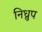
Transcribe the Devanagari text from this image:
निध्रुप